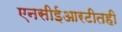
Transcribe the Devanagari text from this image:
एनसीईआरटीतही